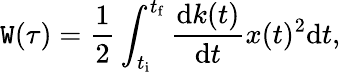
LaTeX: \mathtt{W}(\tau)=\frac{{1}}{{2}}\int_{t_{\mathrm{{i}}}}^{t_{\mathrm{{f}}}}\frac{{\mathrm{{d}}k(t)}}{{\mathrm{{d}}t}}x(t)^{2}\mathrm{{d}}t,